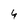
Character: 4